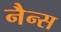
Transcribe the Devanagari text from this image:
नैन्स